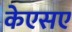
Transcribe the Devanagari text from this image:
केएसए